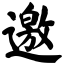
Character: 邀